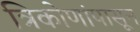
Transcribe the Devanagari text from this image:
त्रिकोणांपासून